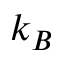
k _ { B }